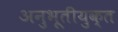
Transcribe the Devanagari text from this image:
अनुभूतीयुक्त